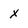
Character: x